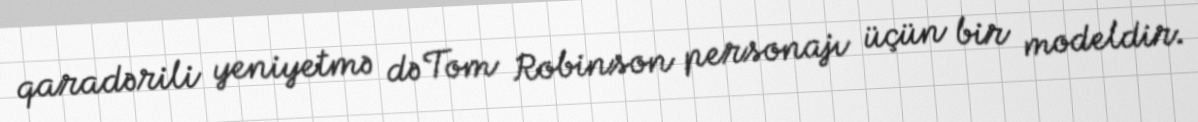
qaradərili yeniyetmə də Tom Robinson personajı üçün bir modeldir.